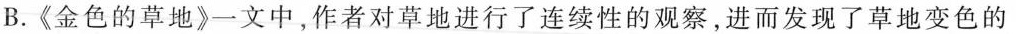
B.《金色的草地》一文中，作者对草地进行了连续性的观察，进而发现了草地变色的